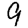
Digit: 9